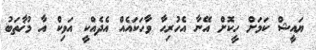
ޔައީޝް ކަމަށް ހީކޮށް އޭނާ އެހުރިހާ ވާހަކައެއް އެދެއްކީ އަވިކް އާ މުޚާތަބު